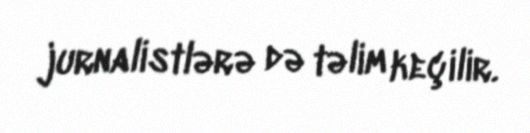
jurnalistlərə də təlim keçilir.